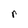
Character: r